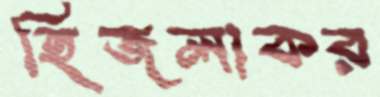
হিজলাকর